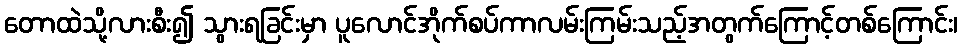
တောထဲသို့လားစီး၍ သွားရခြင်းမှာ ပူလောင်အိုက်စပ်ကာလမ်းကြမ်းသည့်အတွက်ကြောင့်တစ်ကြောင်း၊